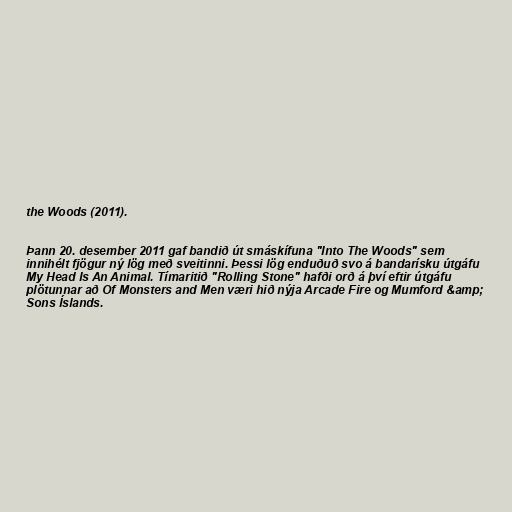
the Woods (2011).

Þann 20. desember 2011 gaf bandið út smáskífuna "Into The Woods" sem
innihélt fjögur ný lög með sveitinni. Þessi lög enduðuð svo á bandarísku útgáfu
My Head Is An Animal. Tímaritið "Rolling Stone" hafði orð á því eftir útgáfu
plötunnar að Of Monsters and Men væri hið nýja Arcade Fire og Mumford &amp;
Sons Íslands.